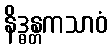
နိဒ္ဓန္တကသာဝံ